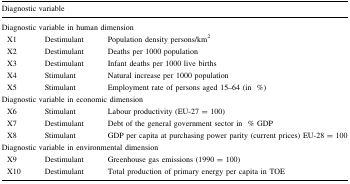
<table><thead><tr><td colspan="3"><b>Diagnostic variable</b></td></tr></thead><tbody><tr><td colspan="3">Diagnostic variable in human dimension</td></tr><tr><td> X1</td><td>Destimulant</td><td>Population density persons/km<sup>2</sup></td></tr><tr><td> X2</td><td>Destimulant</td><td>Deaths per 1000 population</td></tr><tr><td> X3</td><td>Destimulant</td><td>Infant deaths per 1000 live births</td></tr><tr><td> X4</td><td>Stimulant</td><td>Natural increase per 1000 population</td></tr><tr><td> X5</td><td>Stimulant</td><td>Employment rate of persons aged 15–64 (in%)</td></tr><tr><td colspan="3">Diagnostic variable in economic dimension</td></tr><tr><td> X6</td><td>Stimulant</td><td>Labour productivity (EU-27 = 100)</td></tr><tr><td> X7</td><td>Destimulant</td><td>Debt of the general government sector in% GDP</td></tr><tr><td> X8</td><td>Stimulant</td><td>GDP per capita at purchasing power parity (current prices) EU-28 = 100</td></tr><tr><td colspan="3">Diagnostic variable in environmental dimension</td></tr><tr><td> X9</td><td>Destimulant</td><td>Greenhouse gas emissions (1990 = 100)</td></tr><tr><td> X10</td><td>Destimulant</td><td>Total production of primary energy per capita in TOE</td></tr></tbody></table>